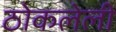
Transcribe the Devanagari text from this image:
ठोकलेली